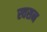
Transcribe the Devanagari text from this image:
स्वसन